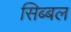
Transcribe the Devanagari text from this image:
सिब्‍बल